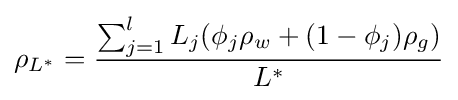
\rho _{L^{*}}={\frac {\sum _{j=1}^{l}L_{j}(\phi _{j}\rho _{w}+(1-\phi _{j})\rho _{g})}{L^{*}}}